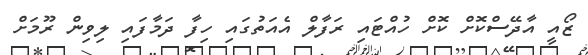
ޒޯއީ އާދޭސްކޮށް ކޮށް ހުއްޓައި ރަފާލް އެއަތުގައި ހިފާ ދަމާފައި ލިވިން ރޫމަށް